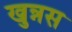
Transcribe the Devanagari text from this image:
खुन्नस